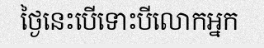
ថ្ងៃនេះបើទោះបីលោកអ្នក